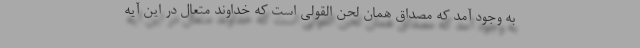
به وجود آمد که مصداق همان لحن القولی است که خداوند متعال در این آیه